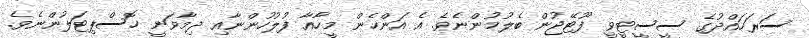
ސަރަހައްދުގެ ސީސީޓީވީ ފޫޓޭޖުން ބެލުމުންނެވެ. އެ އަންހެން މީހާއާ ފުލުހުންނާއި ދިމާވަނީ ހޮސްޕިޓަލުންނެވެ.